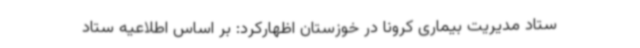
ستاد مدیریت بیماری کرونا در خوزستان اظهارکرد: بر اساس اطلاعیه ستاد